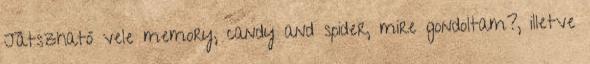
Játszható vele memory, candy and spider, mire gondoltam?, illetve